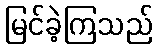
မြင်ခဲ့ကြသည်